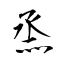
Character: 烝